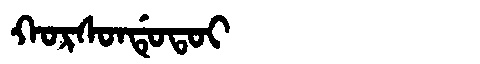
Manchu: ᡴᠣᡵᠰᠣᠨᡩᡠᡨᠣᡳ
Romanization: KORSONDUTOI